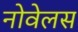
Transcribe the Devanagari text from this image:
नोवेलस